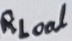
Text: RLoal